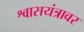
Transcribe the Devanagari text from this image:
श्वासयंत्रावर